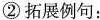
② 拓展例句：